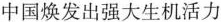
中国焕发出强大生机活力